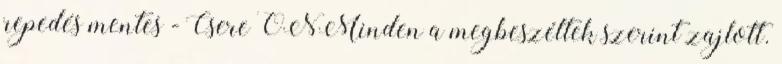
repedés mentes - Csere ONMinden a megbeszéltek szerint zajlott.